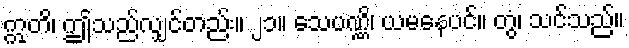
ဣတိ၊ ဤသည်လျှင်တည်း။ ၂၁။ သေပဏ္ဏိ၊ ယမနေပင်။ တွံ၊ သင်သည်။